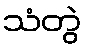
သံတွဲ